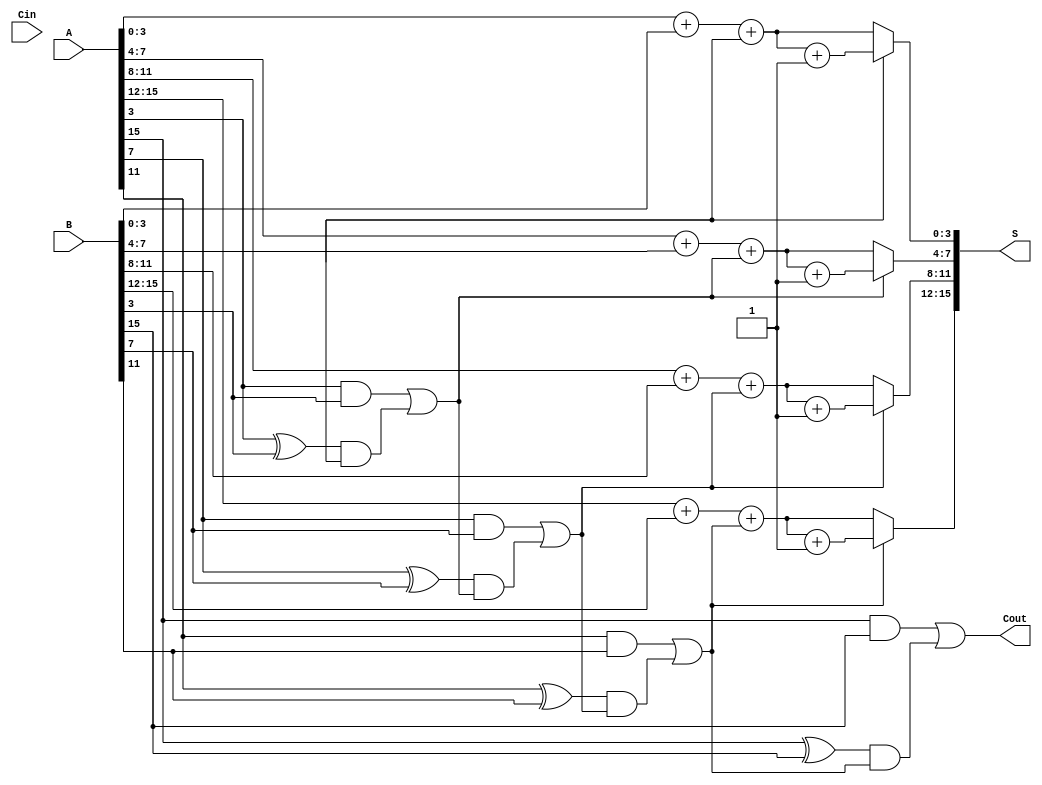
module CCSA #(parameter N = 16, parameter GROUP_SIZE = 4) (
    input  [N-1:0] A,      // First input
    input  [N-1:0] B,      // Second input
    input          Cin,     // Carry input
    output [N-1:0] S,      // Sum output
    output         Cout     // Carry output
);

    localparam NUM_GROUPS = N / GROUP_SIZE;

    // Internal wires for carry and sum
    wire [GROUP_SIZE-1:0] sum0 [0:NUM_GROUPS-1]; // Sums when carry is 0
    wire [GROUP_SIZE-1:0] sum1 [0:NUM_GROUPS-1]; // Sums when carry is 1
    wire [NUM_GROUPS:0] carry; // Carry outputs for each group

    genvar i;

    // Generate the carry select logic for each group
    generate
        for (i = 0; i < NUM_GROUPS; i = i + 1) begin : adder_group
            wire [GROUP_SIZE-1:0] A_group = A[(i+1)*GROUP_SIZE-1:i*GROUP_SIZE];
            wire [GROUP_SIZE-1:0] B_group = B[(i+1)*GROUP_SIZE-1:i*GROUP_SIZE];

            // Compute sum assuming carry is 0
            assign sum0[i] = A_group + B_group + carry[i];

            // Compute sum assuming carry is 1
            assign sum1[i] = A_group + B_group + carry[i] + 1'b1;

            // Generate carry output for this group
            assign carry[i+1] = (A_group[GROUP_SIZE-1] & B_group[GROUP_SIZE-1]) |
                                ((A_group[GROUP_SIZE-1] ^ B_group[GROUP_SIZE-1]) & carry[i]);
        end
    endgenerate

    // Final carry output
    assign Cout = carry[NUM_GROUPS];

    // Select the appropriate sum based on the carry from previous group
    generate
        for (i = 0; i < NUM_GROUPS; i = i + 1) begin : sum_select
            assign S[(i+1)*GROUP_SIZE-1:i*GROUP_SIZE] = (carry[i]) ? sum1[i] : sum0[i];
        end
    endgenerate

endmodule